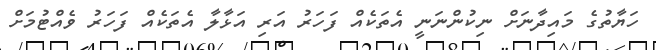
ހަޔާތުގެ މައިދާނަށް ނިކުންނަނީ އެތަކެއް ފަހަރު އަރި އަޅާލާ އެތަކެއް ފަހަރު ވެއްޓުމަށް